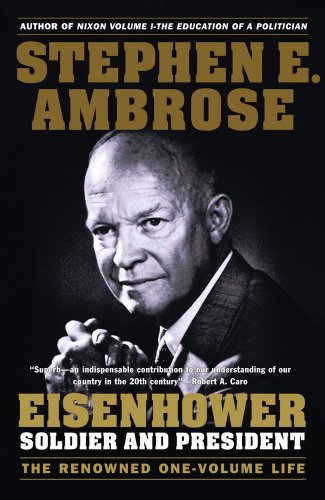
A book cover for Eisenhower: Soldier And President (Turtleback School & Library Binding Edition); Stephen E. Ambrose; Teen & Young Adult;